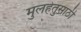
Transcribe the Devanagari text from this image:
मुलहेतुसाठी